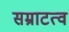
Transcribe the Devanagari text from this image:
सम्राटत्व